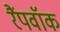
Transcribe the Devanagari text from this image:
रैंपवॉक